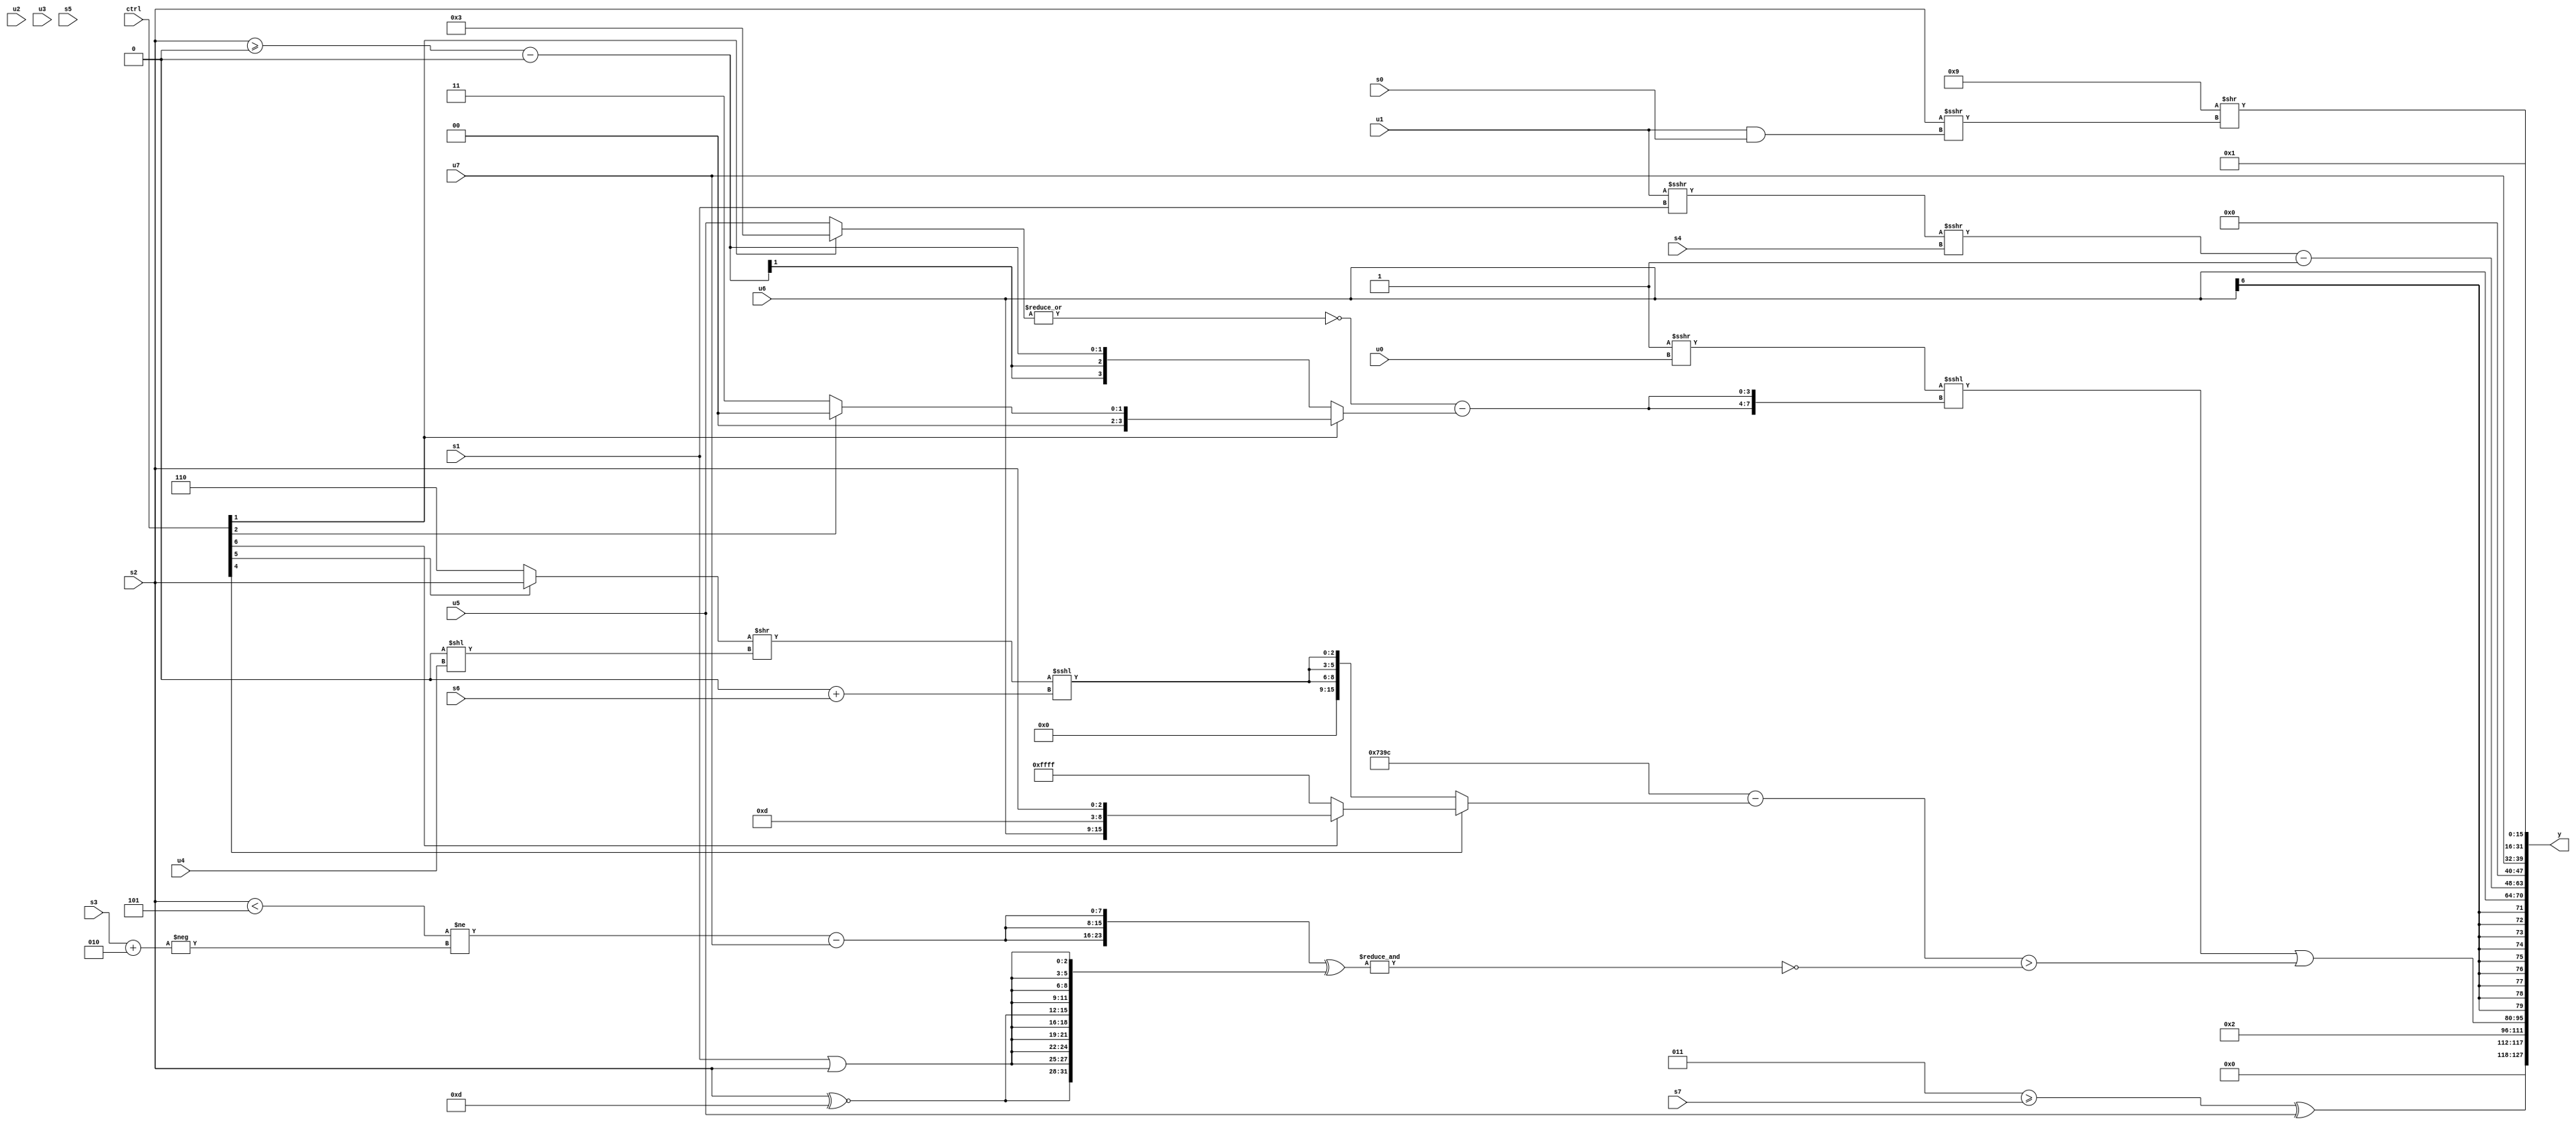
module wideexpr_00942(ctrl, u0, u1, u2, u3, u4, u5, u6, u7, s0, s1, s2, s3, s4, s5, s6, s7, y);
  input [7:0] ctrl;
  input [0:0] u0;
  input [1:0] u1;
  input [2:0] u2;
  input [3:0] u3;
  input [4:0] u4;
  input [5:0] u5;
  input [6:0] u6;
  input [7:0] u7;
  input signed [0:0] s0;
  input signed [1:0] s1;
  input signed [2:0] s2;
  input signed [3:0] s3;
  input signed [4:0] s4;
  input signed [5:0] s5;
  input signed [6:0] s6;
  input signed [7:0] s7;
  output [127:0] y;
  wire [15:0] y0;
  wire [15:0] y1;
  wire [15:0] y2;
  wire [15:0] y3;
  wire [15:0] y4;
  wire [15:0] y5;
  wire [15:0] y6;
  wire [15:0] y7;
  assign y = {y0,y1,y2,y3,y4,y5,y6,y7};
  assign y0 = ((3'sb011)>=(s7))^(u5);
  assign y1 = 5'sb00010;
  assign y2 = (((!((u1)>>(+(3'sb101))))>>>(-(-(u0))))<<<({2{(~|((ctrl[1]?2'sb11:(ctrl[1]?s4:u5))))-((ctrl[1]?(ctrl[2]?$signed(((s1)>>(3'sb110))+((s2)<<(6'b101101))):$unsigned(4'b0011)):((s2)>=(4'sb0000))-(~|($signed((2'b00)^(3'sb011))))))}}))|((({3{5'sb11100}})-($unsigned((ctrl[4]?(ctrl[6]?{u6,6'sb001101,s2}:~(&({3'sb000,5'sb00010}))):{3{(((ctrl[5]?s2:2'sb10))>>((2'b00)<<(u4)))<<<(((6'sb100110)>>(6'sb001101))+((ctrl[3]?s6:s6)))}}))))>(~&(({3{(($signed((s2)<(3'sb101)))!=(-((s3)+(3'sb010))))-(u7)}})^({2{+({$unsigned((s2)^~(4'b1101)),{4{(s1)|(s2)}}})}}))));
  assign y3 = $signed(u6);
  assign y4 = (($signed(+((u1)>>>(s1))))>>>(s4))-(1'sb1);
  assign y5 = u7;
  assign y6 = 2'sb01;
  assign y7 = (5'sb01001)>>((s2)>>>((u1)&(s0)));
endmodule